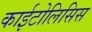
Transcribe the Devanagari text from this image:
काईटोलिसिस